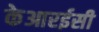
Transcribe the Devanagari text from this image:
केआरईसी